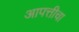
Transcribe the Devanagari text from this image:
आपत्तीचा